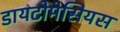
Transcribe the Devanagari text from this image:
डायटोमेसियस